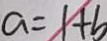
a = 1 + b